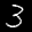
Label: 3